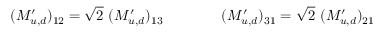
( M _ { u , d } ^ { \prime } ) _ { 1 2 } = \sqrt 2 \, \, ( M _ { u , d } ^ { \prime } ) _ { 1 3 } \qquad \qquad ( M _ { u , d } ^ { \prime } ) _ { 3 1 } = \sqrt 2 \, \, ( M _ { u , d } ^ { \prime } ) _ { 2 1 }